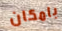
بامكان